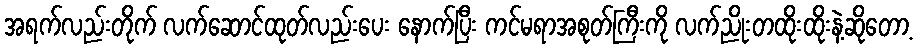
အရက်လည်းတိုက် လက်ဆောင်ထုတ်လည်းပေး နောက်ပြီး ကင်မရာအစုတ်ကြီးကို လက်ညိုးတထိုးထိုးနဲ့ဆိုတော့